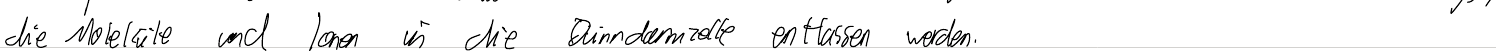
die Moleküle und Ionen in die Dünndarmzelle entlassen werden.